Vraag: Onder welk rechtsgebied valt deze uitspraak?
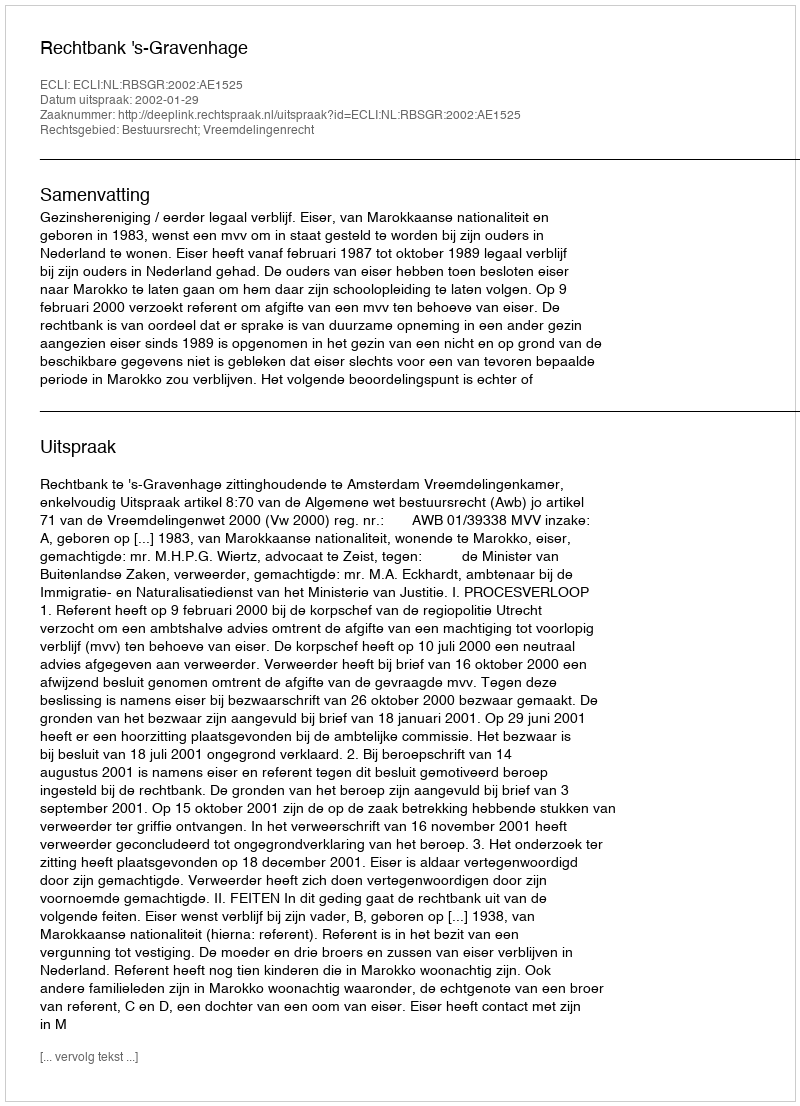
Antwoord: Bestuursrecht; Vreemdelingenrecht